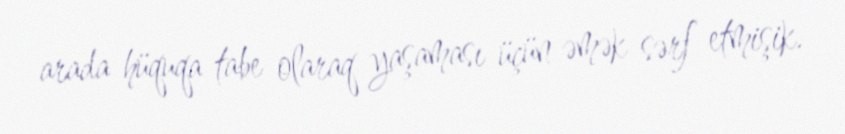
arada hüquqa tabe olaraq yaşaması üçün əmək sərf etmişik.